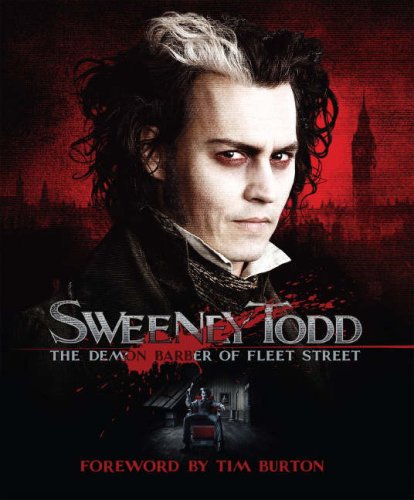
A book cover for Sweeney Todd: The Demon Barber of Fleet Street; Mark Salisbury; Humor & Entertainment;